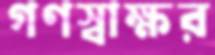
গণস্বাক্ষর